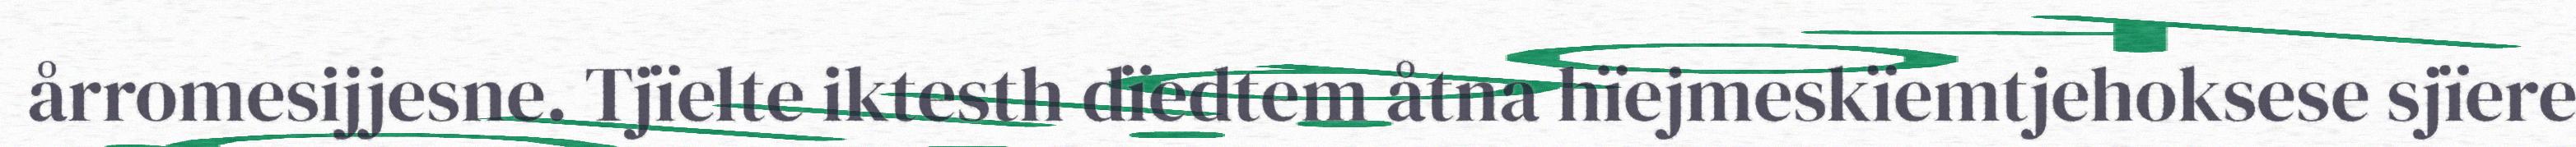
årromesijjesne. Tjïelte iktesth dïedtem åtna hïejmeskïemtjehoksese sjïere